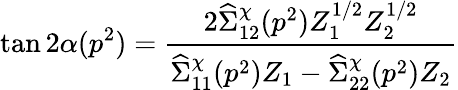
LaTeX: \tan 2\alpha(p^{2})={\frac{2\widehat\Sigma_{12}^{\chi}(p^{2})Z_{1}^{1/2}Z_{2}^{1/2}}{\widehat\Sigma_{11}^{\chi}(p^{2})Z_{1}-\widehat\Sigma_{22}^{\chi}(p^{2})Z_{2}}}